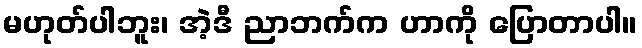
မဟုတ်ပါဘူး၊ အဲ့ဒီ ညာဘက်က ဟာကို ပြောတာပါ။